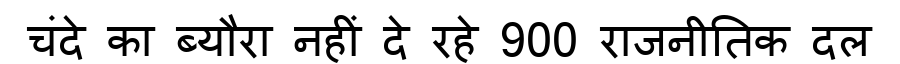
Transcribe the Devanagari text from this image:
चंदे का ब्यौरा नहीं दे रहे 900 राजनीतिक दल